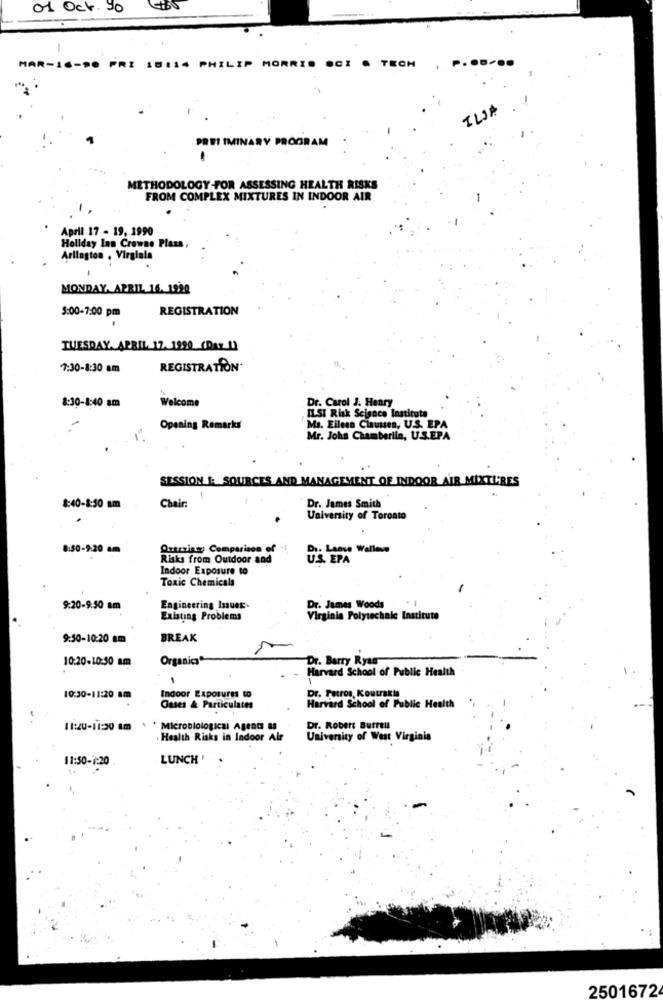
01 Oct.90
-
HAR-
18.
14 PHILIP MORRIS OCI . TECH
P
ILJA
PREI IMINARY PROGRAM
METHODOLOGY FOR ASSESSING HEALTH RISKS
FROM COMPLEX MIXTURES IN INDOOR AIR
April 17 - 19, 1990
Holiday Inn Crowne Plaza
Arlington , Virginla
-
MONDAY. APRIL 16. 1920
5:00-7:00 pm
REGISTRATION
TUESDAY, APRIL 17. 1990_(Day 1)
7:30-8:30 am
REGISTRATION
Welcome
Dr. Carol J. Henry
8:30-8:40 am
IL.SI Risk Science Institute
Opening Remarks
Ma. Eileen Clausen, U.S. EPA
Mr. John Chamberlin, U.S.EPA
SESSION I: SOURCES AND MANAGEMENT OF INDOOR AIR MIXTURES
Dr. James Smith
8:40-8:50 am
Chair:
University of Toronto
8:50-9:20 am
Quarzins Comparison of
: Lanse Walleve
Risks from Outdoor and
Indoor Exposure to
Toxic Chemicals
9:20-9:50 am
Engineering IssueE
Dr. James Woods
Existing Problems
Virginia Polytechnic Institute
9:50-10:20 am
BREAK
10:20-10:50 am
Organics
Dr. Barry Ryas
Harvard School of Public Health
Dr. Petros, Koutrakts
10:30-11:20 80
Indoor Exposures to
Gases & Particulates
Harvard School of Public Health
11:20-11:30 am > * Microbiological Agents as
Dr. Robert Burrell
Health Risks in Indoor Air
University of West Virginia
11:50-1:20
LUNCH'
2501672